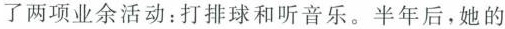
了两项业余活动：打排球和听音乐。半年后，她的